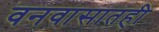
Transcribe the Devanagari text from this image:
वनवासातही